King Institute of Preventive Medicine Micro-Biological Section reports 1909-11
Year: 1909
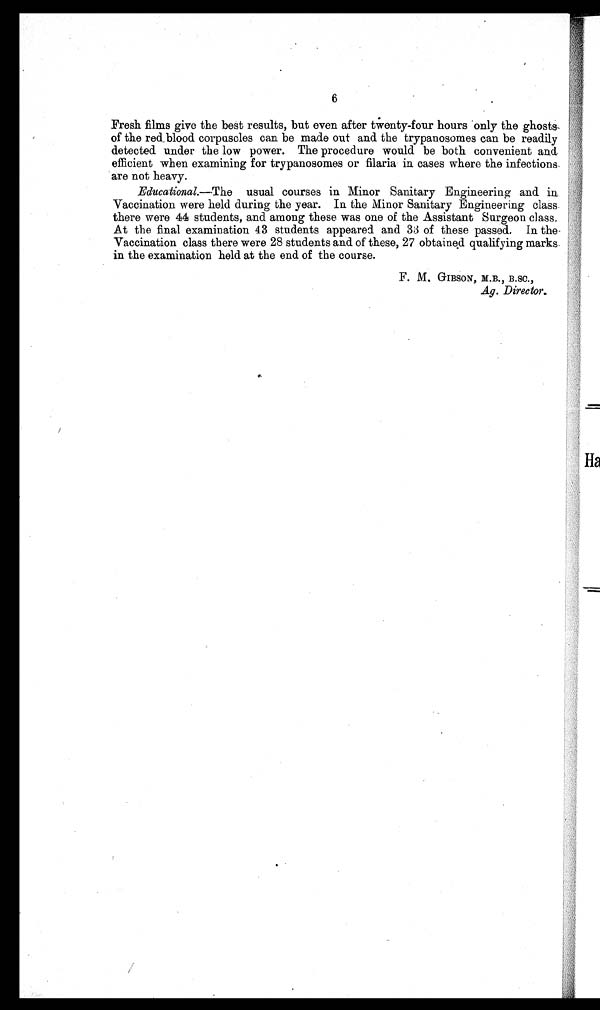
6
Fresh films give the best results, but even after twenty-four hours only the ghosts
of the red blood corpuscles can be made out and the trypanosomes can be readily
detected. under the low power. The procedure would be both convenient and
efficient when examining for trypanosomes or filaria in cases where the infections
are not heavy.
Educational.--The usual courses in Minor Sanitary Engineering and in
Vaccination were held d u r i n g t h e y e a r . I n t h e M i n o r S a n i t a r y E n g i n e e r i n g c l a s s
there were 44 students, and among these was one of the Assistant Surgeon class.
At the final examination 43 students appeared and 33 of these passed. In the
Vaccination class there were 28 students and of these, 27 obtained qualifying marks
in the examination held at the end of the course.
F. M. GIBSON, M.B., B.SC.,
Ag. Director.